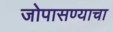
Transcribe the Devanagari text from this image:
जोपासण्याचा